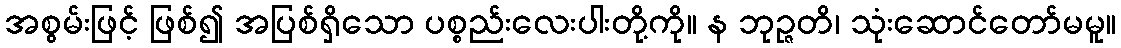
အစွမ်းဖြင့် ဖြစ်၍ အပြစ်ရှိသော ပစ္စည်းလေးပါးတို့ကို။ န ဘုဉ္ဇတိ၊ သုံးဆောင်တော်မမူ။